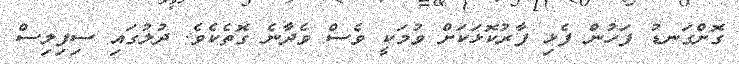
ގޮށްގަނޑު ފަހުން ފެޅި ފާރުކޮޅަކަށް ވުމަކީ ވެސް ވެދާނެ ގޮތެކެވެ. ދުލުގައި ސިފިލިސް